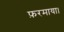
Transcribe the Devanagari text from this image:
फ़रमाया।